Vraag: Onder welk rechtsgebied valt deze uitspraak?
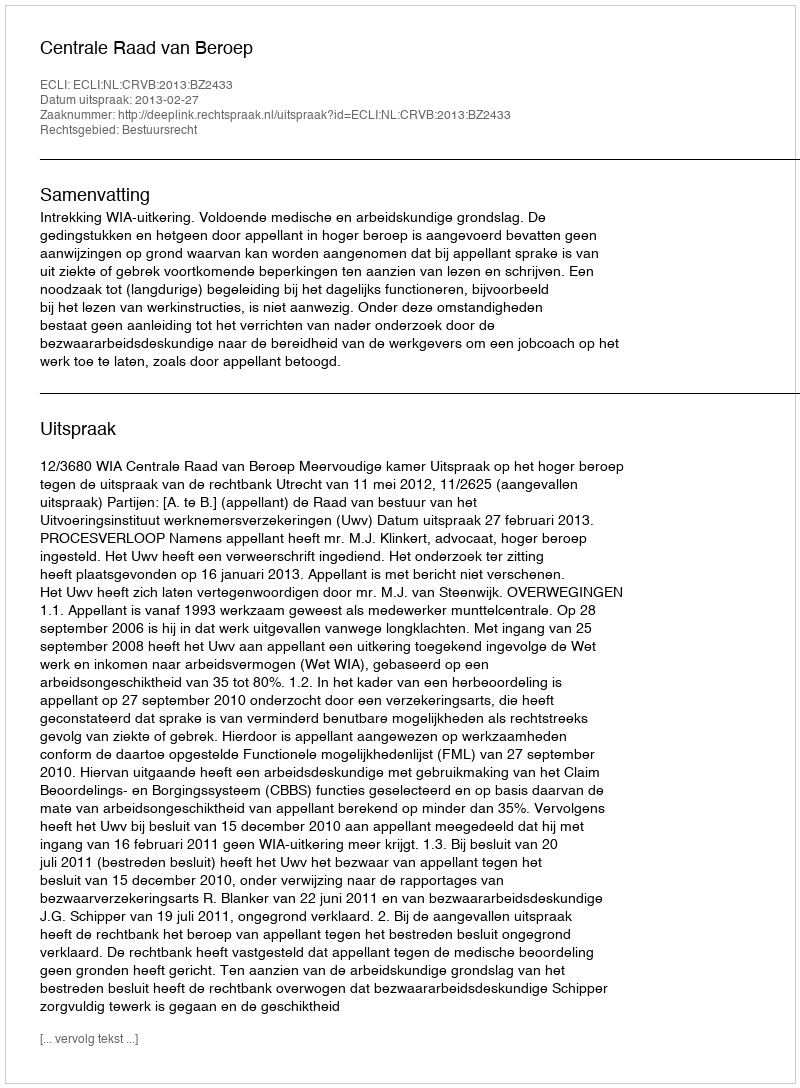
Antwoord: Bestuursrecht